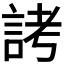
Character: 𬢦